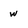
Character: w